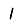
Digit: 1